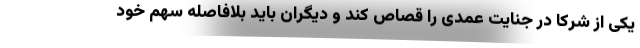
یکی از شرکا در جنایت عمدی را قصاص کند و دیگران باید بلافاصله سهم خود